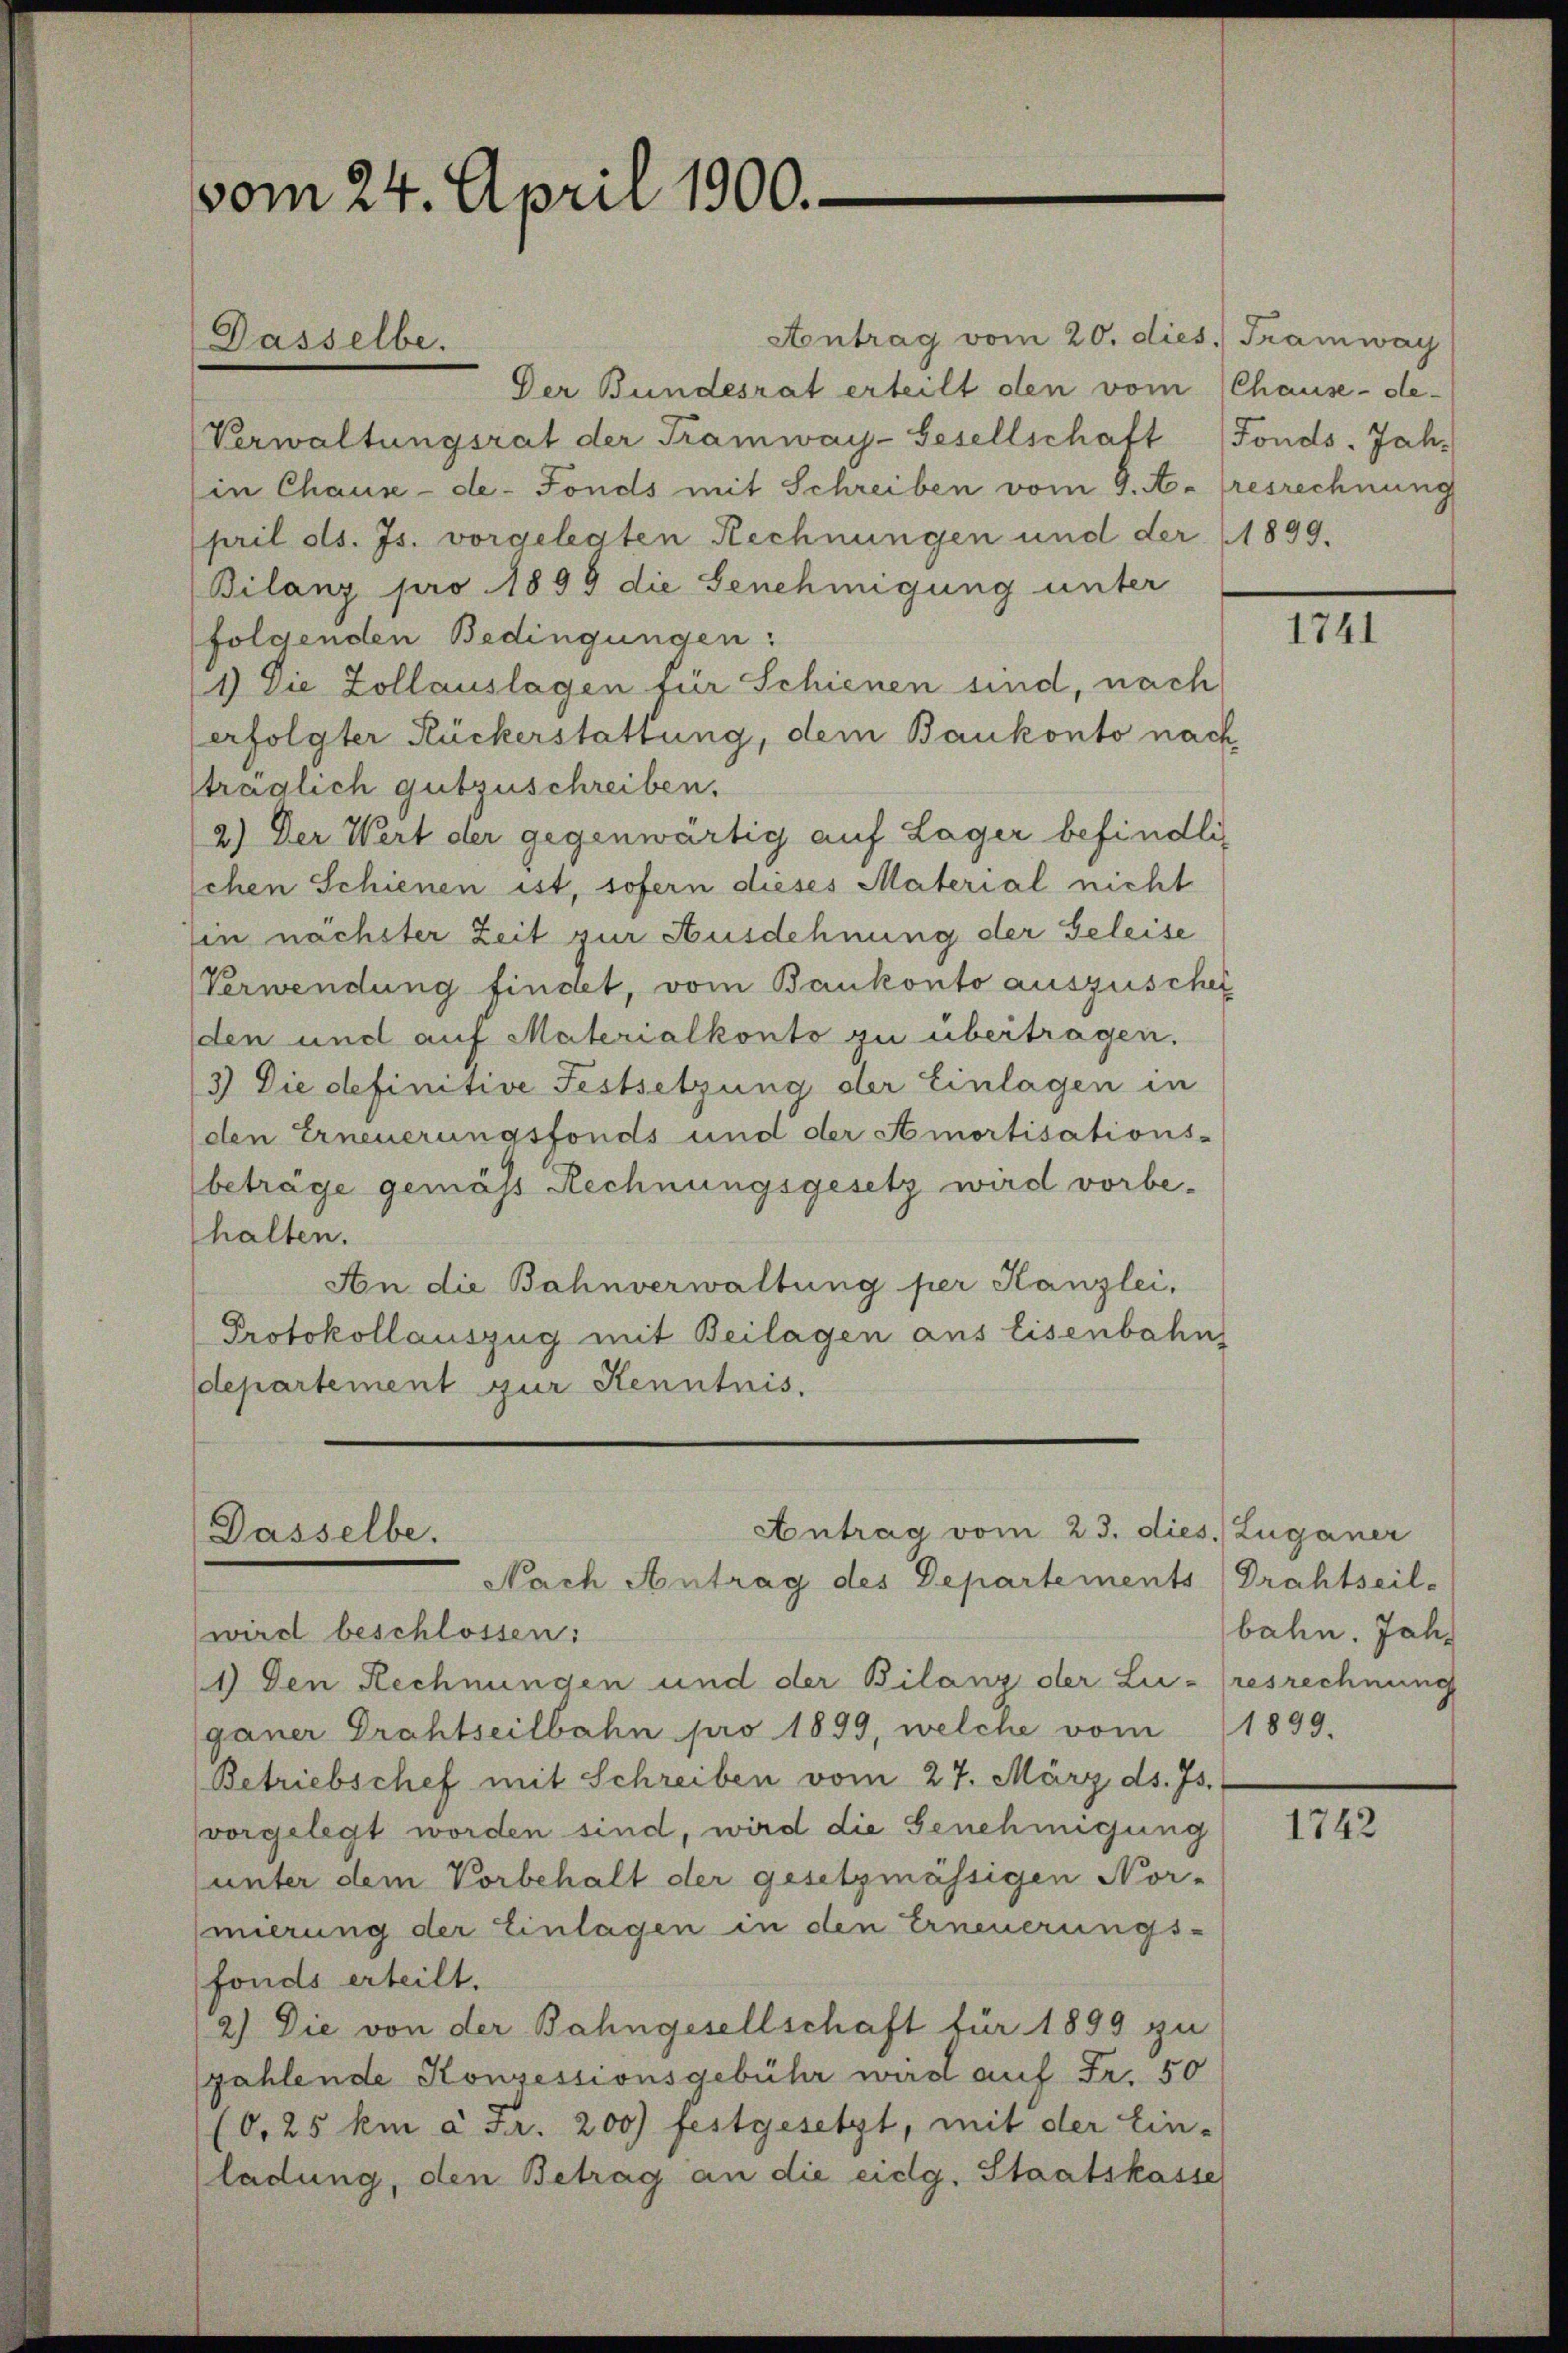
vom 24. April 1900.

Antrag vom 20. dies.) Tramway
Der Bundesrat erteilt den vom Chause-de-
Verwaltungsrat der Tramway-Gesellschaft (Fonds. Jah-
in Chause -de-Fonds mit Schreiben vom 9. A. Gresrechnung
pril ds. Js. vorgelegten Rechnungen und der 1899.
Bilanz pro 1899 die Genehmigung unter
folgenden Bedingungen:
1) Die Zollauslagen für Schienen sind, nach
erfolgter Rückerstattung, dem Bankonto nach
sträglich gutzuschreiben.
2.) Der Wert der gegenwärtig auf Lager befindlischen Schienen ist, sofern dieses Material nicht
Ein nächster Zeit zur Ausdehnung der Geleise
Verwendung findet, vom Bankonto auszuschei
den und auf Materialkonto zu übertragen.
3) Die definitive Festsetzung der Einlagen in
(den Erneuerungsfonds und der Amortisations-
beträge gemäss Rechnungsgesetz wird vorbehalten.
An die Bahnverwaltung per Kanzlei,
Protokollauszug mit Beilagen aus Eisenbahn
departement zur Kenntnis.

Dasselbe.

Antrag vom 23. dies. Zuganer
Dasselbe.
Nach Antrag des Departements Drahtseil-

wird beschlossen:
1) Den Rechnungen und der Bilanz der Lui- (resrechnung
ganer Drahtseilbahn pro 1899, welche vom 1899.
Betriebschef mit Schreiben vom 27. März ds. Js.
vorgelegt worden sind, wird die Genehmigung
unter dem Vorbehalt der gesetzmässigen Nor-
mierung der Einlagen in den Erneuerungs-
fonds erteilt.
2.) Die von der Bahngesellschaft für 1899 zu
gahlende Konzessionsgebühr wird auf Fr. 50
(0,25 km à Fr. 200 festgesetzt, mit der Ein-
(ladung, den Betrag an die eidg. Staatskasse

1741

bahn. Jahr

1742